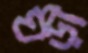
ঘড়ী